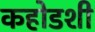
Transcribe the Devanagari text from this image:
कहोडशी